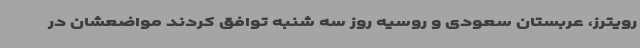
رویترز، عربستان سعودی و روسیه روز سه شنبه توافق کردند مواضعشان در